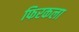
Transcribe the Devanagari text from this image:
फिरकला